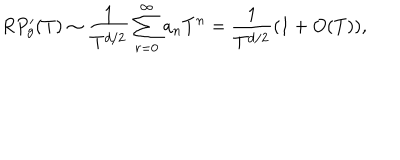
R P _ { g } ^ { \prime } ( T ) \sim \frac { 1 } { T ^ { d / 2 } } \sum _ { r = 0 } ^ { \infty } a _ { n } T ^ { n } = \frac { 1 } { T ^ { d / 2 } } ( 1 + O ( T ) ) ,